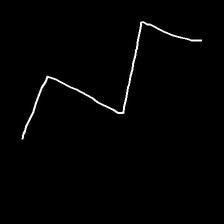
Glyph: crush